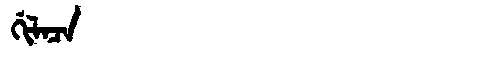
Manchu: ᡤᡳᠯᠠᠴᠠ
Romanization: GILACA